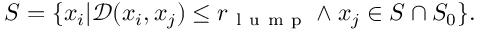
S = \{ x _ { i } | \mathcal { D } ( x _ { i } , x _ { j } ) \leq r _ { \mathrm { ~ l ~ u ~ m ~ p ~ } } \land x _ { j } \in S \cap S _ { 0 } \} .